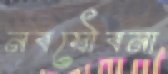
নবযৌবনা